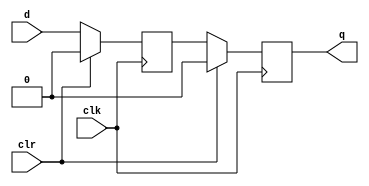
// Retraso de 2 registros
module delay2 #(parameter N = 1)(input clk, clr,
                                   input [N-1:0] d,
                                   output reg [N-1:0] q
    );
	
  //creo la conexion entre los dos registros
  reg [N-1:0] mid;
  
// primero secuencio el primer registro
  always @(posedge clk)
begin
  if(clr)
  mid <= 0;
  
  else 
  mid <= d;
  
end 

  //luego el 2 registro
  always @(posedge clk)
begin
  if(clr)
  q <= 0;
  
  else 
  q <= mid;
  
end 
  
  
endmodule